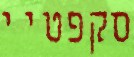
סקפטיי